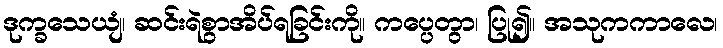
ဒုက္ခသေယျံ၊ ဆင်းရဲစွာအိပ်ရခြင်းကို။ ကပ္ပေတွာ၊ ပြု၍။ အသုကကာလေ၊